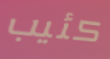
كئيب